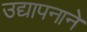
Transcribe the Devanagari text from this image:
उद्यापनाने